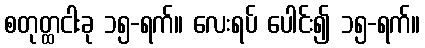
စတုတ္ထငါးခု ၁၅-ရက်။ လေးရပ် ပေါင်း၍ ၁၅-ရက်။